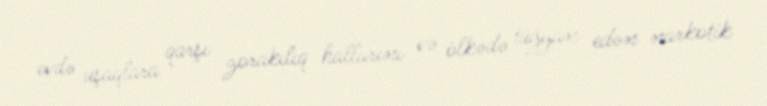
evdə uşaqlara qarşı zorakılıq hallarını və ölkədə tüğyan edən narkotik